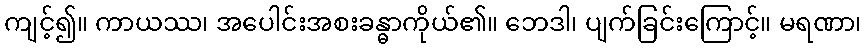
ကျင့်၍။ ကာယဿ၊ အပေါင်းအစးခန္ဓာကိုယ်၏။ ဘေဒါ၊ ပျက်ခြင်းကြောင့်။ မရဏာ၊